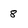
Character: 8